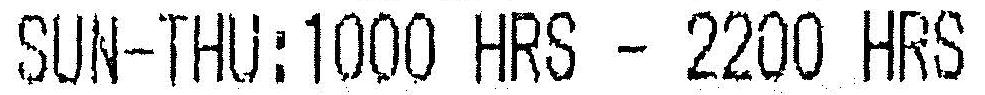
SUN-THU:1000 HRS - 2200 HRS